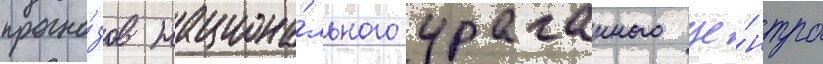
прогно́зов национа́льного ураганного це́нтра